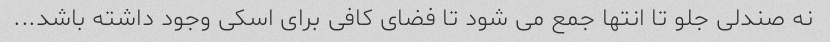
نه صندلی جلو تا انتها جمع می شود تا فضای کافی برای اسکی وجود داشته باشد...